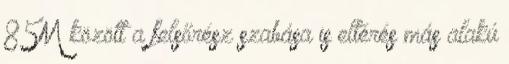
85M között a felsőrész szabása is eltérés más alakú